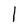
Character: I